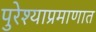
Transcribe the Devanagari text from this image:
पुरेश्याप्रमाणात